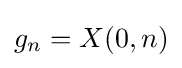
{\textstyle g_{n}=X(0,n)}